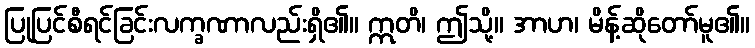
ပြုပြင်စီရင်ခြင်းလက္ခဏာလည်းရှိ၏။ ဣတိ၊ ဤသို့။ အာဟ၊ မိန့်ဆိုတော်မူ၏။